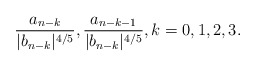
\begin{align*} \frac{a_{n-k}}{|b_{n-k}|^{4/5}}, \frac{a_{n-k-1}}{|b_{n-k}|^{4/5}}, k=0,1,2,3. \end{align*}